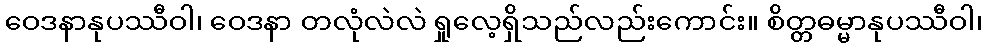
ဝေဒနာနုပဿီဝါ၊ ဝေဒနာ တလုံလဲလဲ ရှုလေ့ရှိသည်လည်းကောင်း။ စိတ္တဓမ္မာနုပဿီဝါ၊